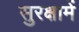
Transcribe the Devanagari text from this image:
सुरक्षामें